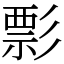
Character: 彯